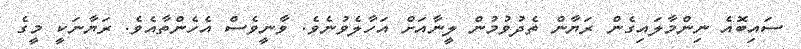
ސައިބޮއެ ނިންމާލައިގެން ރަޔާން ތެދުވުމުން ލީނާއަށް އަހާލެވުނެވެ. ވާނީވެސް އެހެންތާއެވެ. ރަޔާނަކީ މީގެ